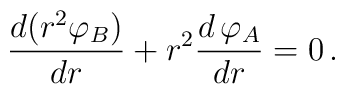
\frac{d(r^2{\varphi}_B)}{dr}+r^2\frac{d\,\varphi_A}{dr}=0\,.